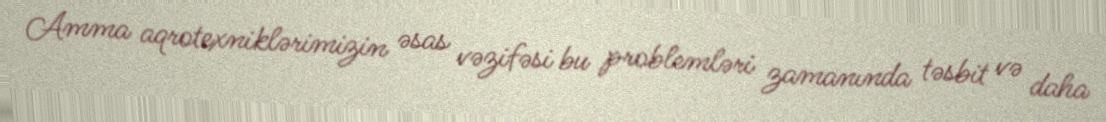
Amma aqrotexniklərimizin əsas vəzifəsi bu problemləri zamanında təsbit və daha